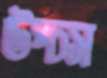
উপ্‌চস